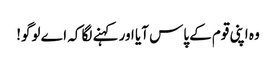
وہ اپنی قوم کے پاس آیا اور کہنے لگا کہ اے لوگو!